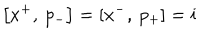
\left[ x ^ { + } , \: p _ { - } \right] = \left[ x ^ { - } , \: p _ { + } \right] = i